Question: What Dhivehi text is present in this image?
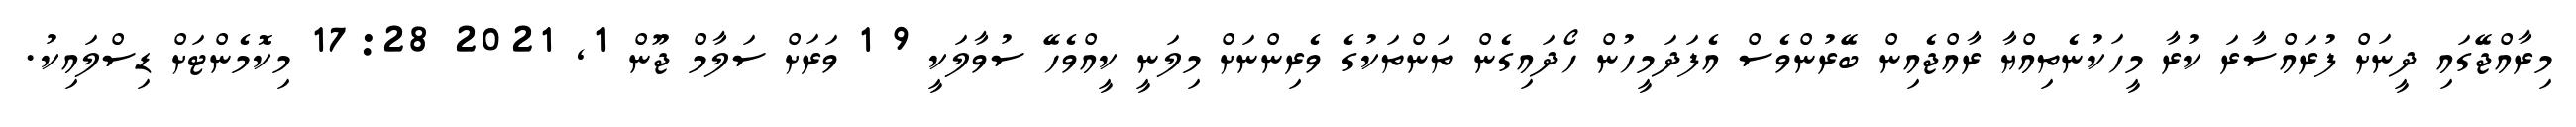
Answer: މިރާއްޖޭގައި ދީނަށް ފުރައްސާރަ ކުރާ މީހަކުނެތިއްޔާ ރާއްޖެއިން ބޭރުންވެސް އެފަދަމީހުން ހޯދައިގެން ތަންތަކުގެ ވެރިންނަށް މިލަނީ ކީއްވެހޭ ސުވާލަކީ 9 1 ވަރަށް ސަލާމް ޖޫން 1, 2021 17:28 މިކޮމެންޓަށް ޑިސްލައިކު.